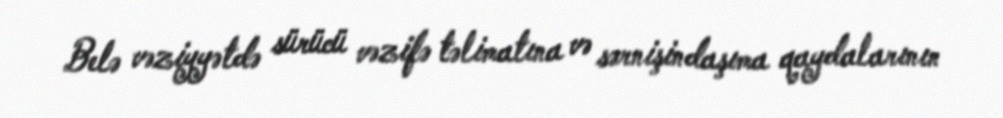
Belə vəziyyətdə sürücü vəzifə təlimatına və sərnişindaşıma qaydalarının